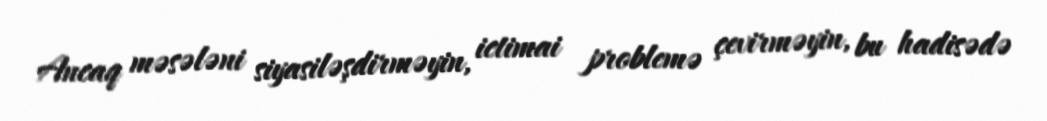
Ancaq məsələni siyasiləşdirməyin, ictimai problemə çevirməyin, bu hadisədə